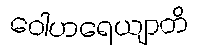
ဝေါဟရေယျာတိ